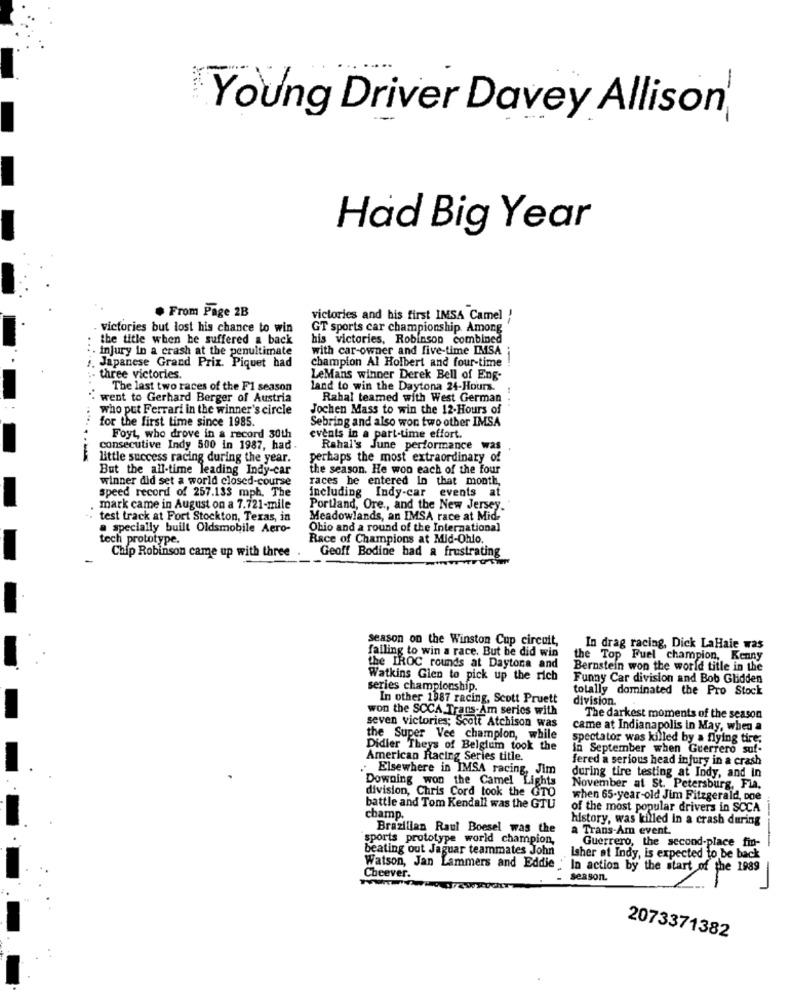
Young Driver Davey Allison
Had Big Year
· From Page 2B
victories and his first IMSA Camel !
- victories but lost his chance to win
GT sports car championship. Among
the title when he suffered a back
his victories, Robinson combined
:. injury in a crash at the penultimate
with car-owner and five-time IMSA
champion Al Holbert and four-time
-
1. Japanese Grand Prix. Piquet had
- three victories.
LeMans winner Derek Bell of Eng-
. ..
The last two races of the F1 season
land to win the Daytona 24-Hours.
went to Gerhard Berger of Austria
Rahal teamed with West German
who put Ferrari in the winner's circle
Jochen Mass to win the 12-Hours of
for the first time since 1985.
Sebring and also won two other IMSA
Foyt, who drove in a record 30th
events in a part-time effort.
consecutive Indy 500 in 1987, had
Rahal's June performance was
Little success racing during the year.
perhaps the most extraordinary of
But the all-time leading Indy-car
the season. He won each of the four
winner did set a world closed-course
races he entered In that month,
speed record of 257.133 mph. The
including Indy-car events at
mark came in August on a 7.721-mile
Portland, Ore ., and the New Jersey.
test track at Fort Stockton, Texas, in
Meadowlands, an IMSA race at Mid-
a specially built Oldsmobile Aero-
Obio and a round of the International
tech prototype.
Race of Champions at Mid-Ohio.
Chip Robinson came up with three
Geoff Bodine bad a frustrating
season on the Winston Cup circuit,
failing to win a race. But be did win
In drag racing, Dick LaHaie was
the Top Fuel champion, Kenny
the IROC rounds at Daytona and
Bernstein won the world title in the
Watkins Glen to pick up the rich
Funny Car division and Bob Glidden
series championship.
totally dominated the Pro Stock
In other 1987 racing, Scott Pruett
division.
won the SCCA Trans-Am series with
seven victories; Scott Atchison was
The darkest moments of the season
came at Indianapolis in May, when a
the Super Vee champion, while
spectator was killed by a flying tire.
Didier Theys of Belgium took the
in September when Guerrero suf-
American Racing Series title.
fered a serious head injury in a crash
Elsewhere in IMSA racing, Jim
Downing won the Camel Lights
during tire testing at Indy, and in
division, Chris Cord took the GTO
November at St. Petersburg, Fia.
when 65-year-old Jim Fitzgerald, one
battle and Tom Kendall was the GTU
of the most popular drivers in SCCA
champ.
history, was killed in a crash during
Brazilian Raul Boesel was the
a Trans-Am event.
sports prototype world champion,
beating out Jaguar teammates John
Guerrero, the second-place fin-
Isher at Indy, is expected to be back
Watson, Jan Lammers and Eddie
Cheever.
season.
2073371382